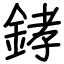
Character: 﨧